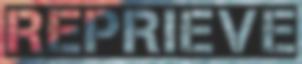
REPRIEVE